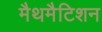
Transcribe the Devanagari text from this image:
मैथमैटिशन